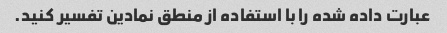
عبارت داده شده را با استفاده از منطق نمادین تفسیر کنید.